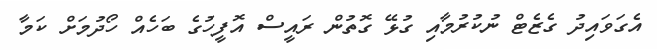
އެގަވައިދު ގެޒެޓް ނުކުރުމާއި ގުޅޭ ގޮތުން ރައީސް އޮފީހުގެ ބަހެއް ހޯދުމަށް ކަމާ